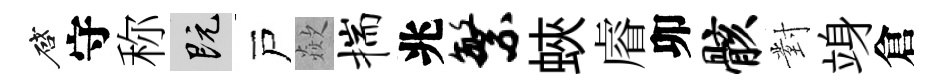
啓守称既戸歘揣兆繁蛺𥈠卯骸對竧倉